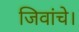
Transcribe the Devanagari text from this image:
जिवांचे।